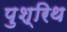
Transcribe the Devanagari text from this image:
पुश्‍रिथ